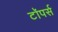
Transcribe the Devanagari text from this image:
टॉपर्स